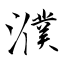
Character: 濮